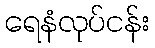
ရေနံလုပ်ငန်း